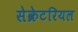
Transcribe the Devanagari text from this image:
सेक्रेटरियल